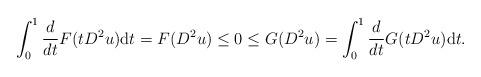
LaTeX: \begin{align*}\int_0^1\frac{d}{dt}F(tD^2u){\rm d}t=F(D^2u)\leq0\leq G(D^2u)=\int_0^1\frac{d}{dt}G(tD^2u){\rm d}t.\end{align*}